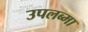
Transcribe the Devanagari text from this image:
उपलब्मा